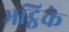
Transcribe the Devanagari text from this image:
भट्ठिके